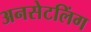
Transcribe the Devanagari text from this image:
अनसेटलिंग